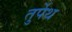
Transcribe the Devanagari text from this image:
तुर्पेथ